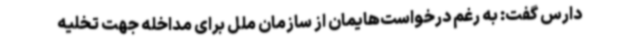
دارس گفت: به رغم درخواست‌هایمان از سازمان ملل برای مداخله جهت تخلیه